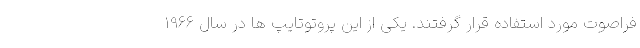
فراصوت مورد استفاده قرار گرفتند. یکی از این پروتوتایپ ها در سال 1966